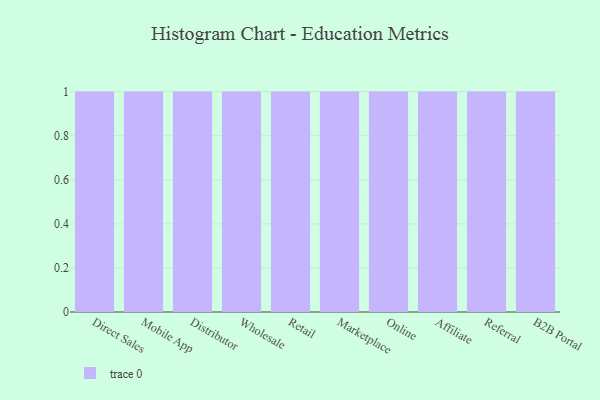
{"axis": {"x": "Channel", "y": "Headcount"}, "legend": [""], "data": [{"x": "Direct Sales", "y": 61, "type": ""}, {"x": "Mobile App", "y": 38, "type": ""}, {"x": "Distributor", "y": 95, "type": ""}, {"x": "Wholesale", "y": 23, "type": ""}, {"x": "Retail", "y": 45, "type": ""}, {"x": "Marketplace", "y": 66, "type": ""}, {"x": "Online", "y": 26, "type": ""}, {"x": "Affiliate", "y": 38, "type": ""}, {"x": "Referral", "y": 76, "type": ""}, {"x": "B2B Portal", "y": 5, "type": ""}]}